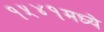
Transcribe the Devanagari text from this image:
१५४१मध्ये